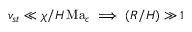
v _ { s t } \ll \chi / H \, \mathrm { M a } _ { c } \implies ( R / H ) \gg 1